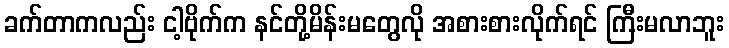
ခက်တာကလည်း ငါ့ဗိုက်က နင်တို့မိန်းမတွေလို အစားစားလိုက်ရင် ကြီးမလာဘူး